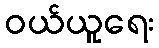
ဝယ်ယူရေး